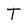
Character: T